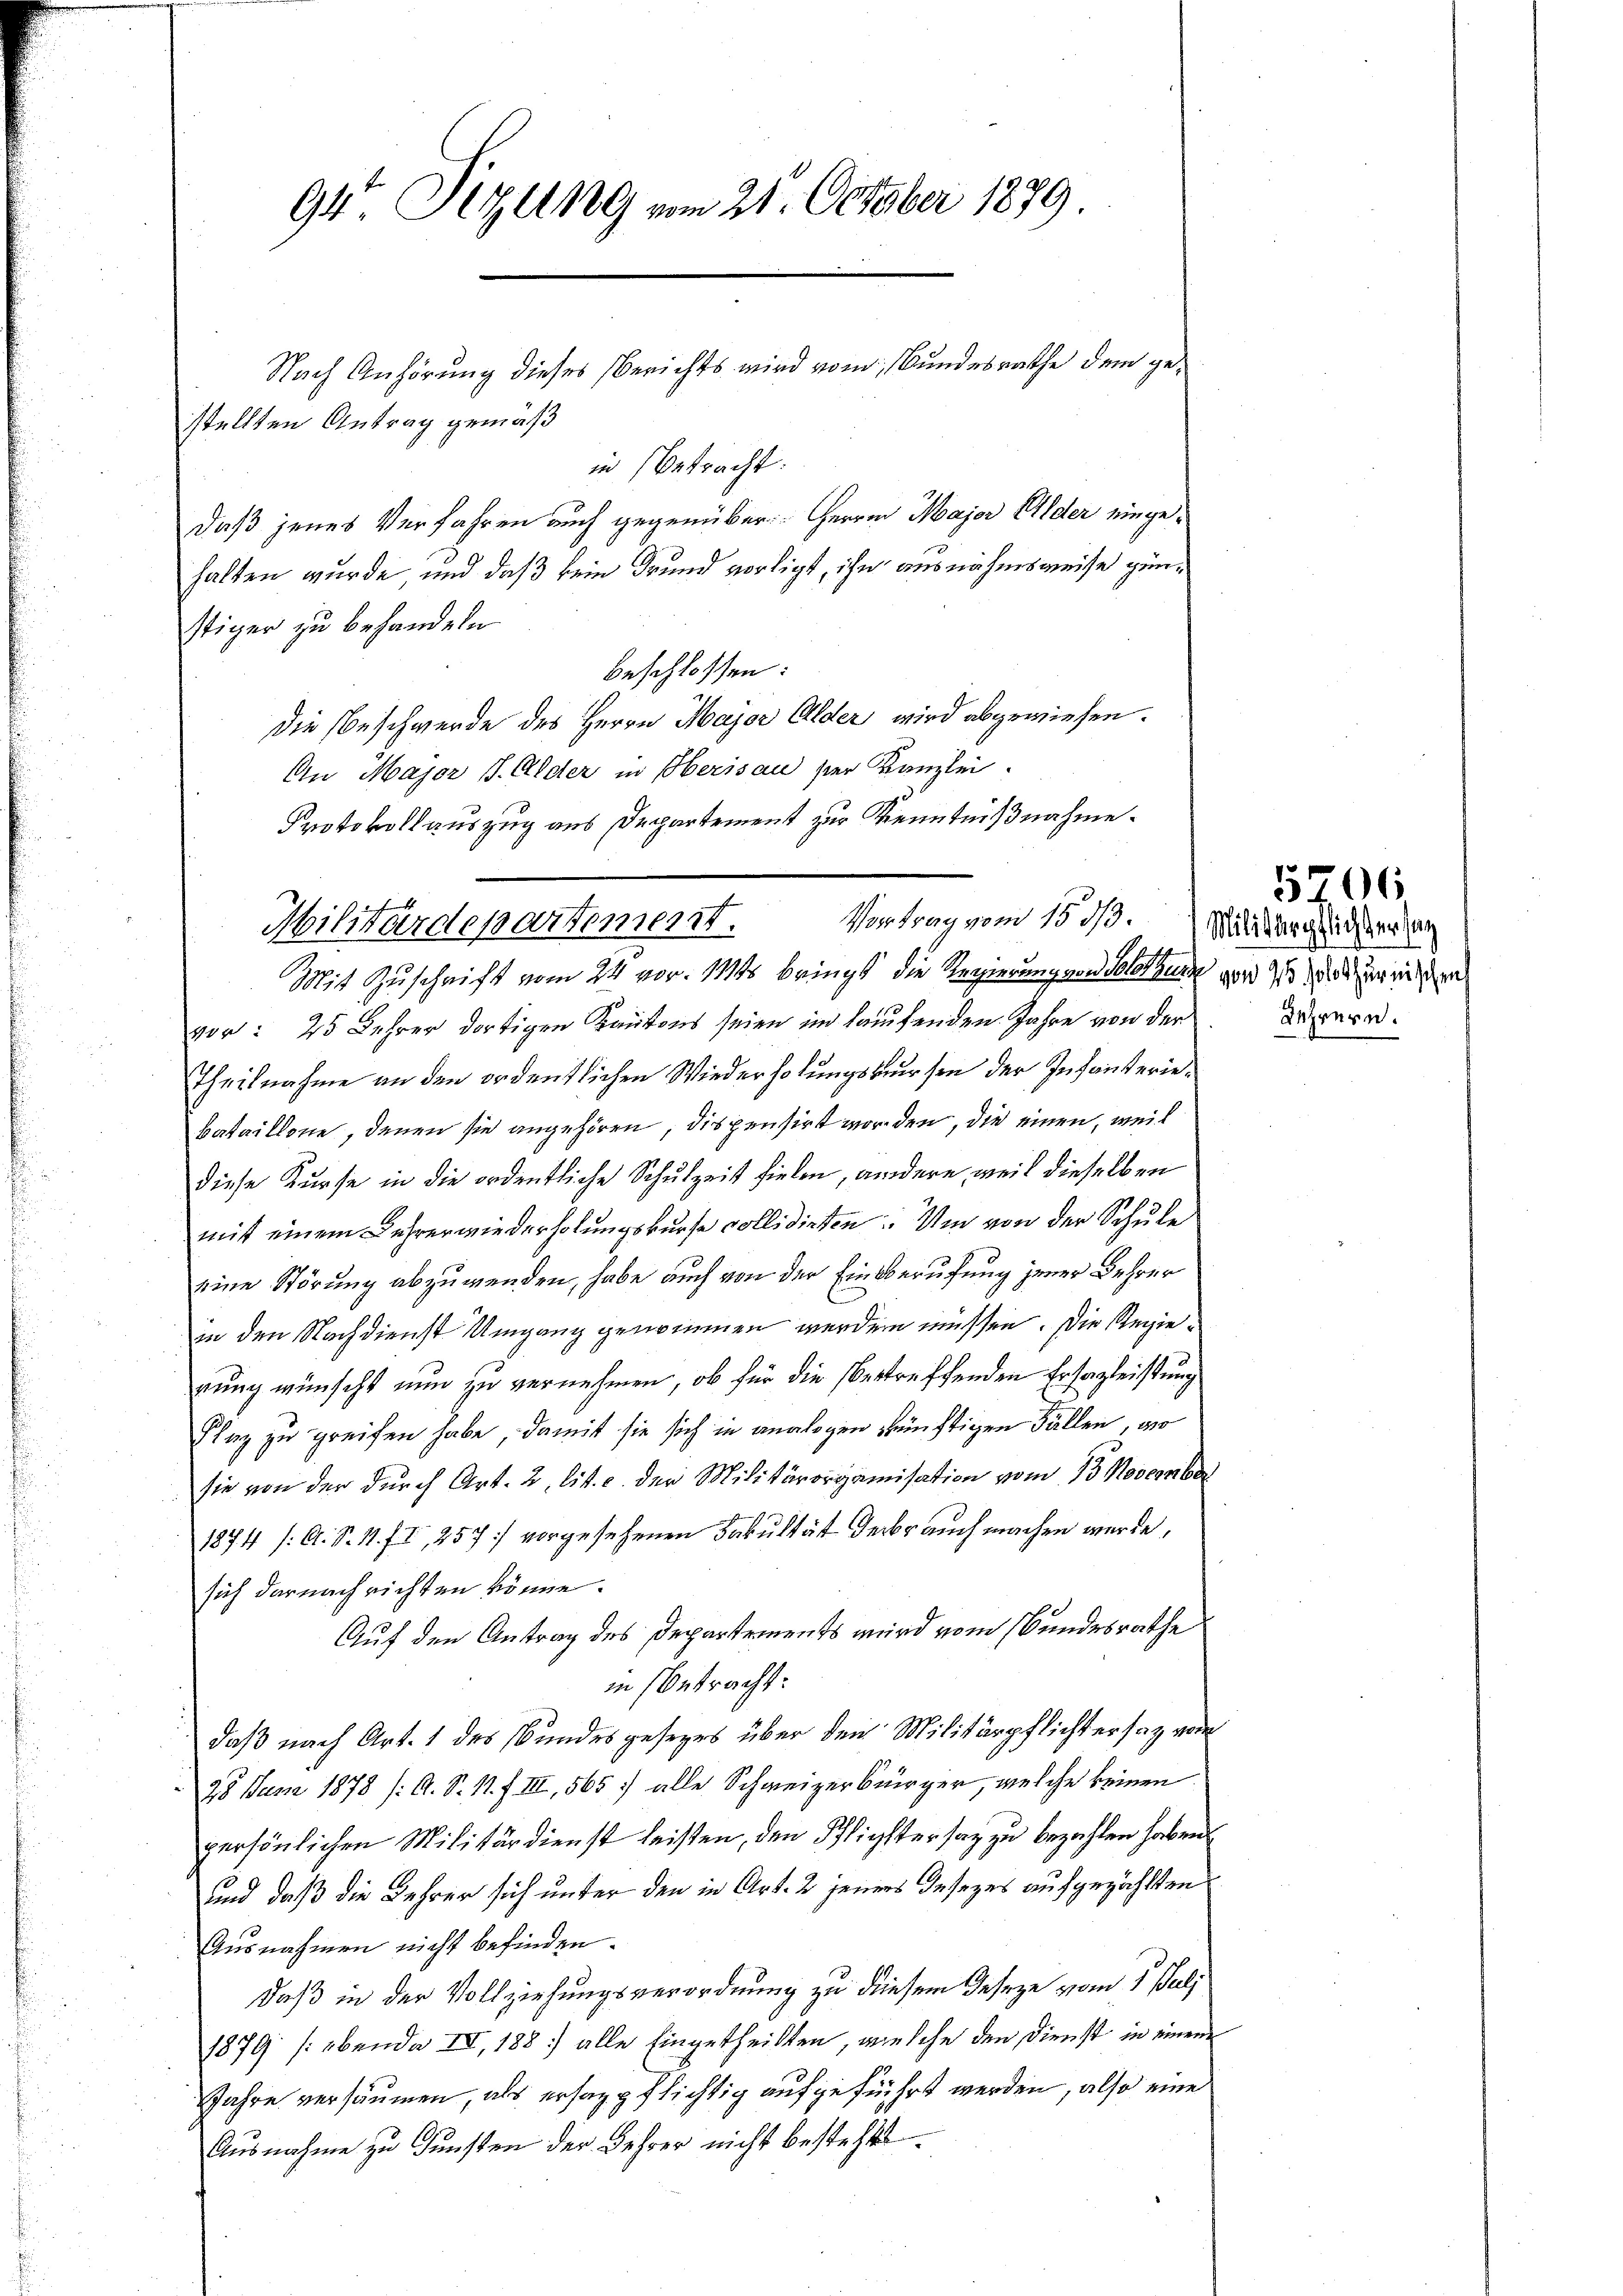
Nach Anhörung dieses Berichts wird vom Bundesrathe dem gestellten Antrag gemäß
in Betracht:
daß jenes Verfahren auch gegenüber Herren Major Alder eingehalten wurde, und daß kein Grund vorligt, ihn ausnahmsweise günstiger zu behandeln
beschlossen:
Die Beschwerde des Herrn Major Alder wird abgewiesen.
An Major J. Alder in Oberisau der Kanzlei.
Protokollauszug aus Departement zur Kenntnißnahme.
Mit Zuschrift vom 24. vor. Mts bringt, die Regierung von Solothurn ward 7 die zur eine
vor: 25 Lehrer dortigen Kantons seien im laufenden Jahre von der
Theilnahme an den ordentlichen Wiederholungskursen der Infanteriebataillone, denen sie angehören, dispensirt worden, die einen, weil
diese Kurse in die ordentliche Schulzeit fielen, andere weil dieselben
mit einem Lehrerwiederholungskurse collidirten. Um von der Schule
eine Störung abzuwenden, habe auch von der Einsberufung jener Behrer
in den Nachdienst Umgang genommen werden müssen. Die Regierung wünscht nun zu vernehmen, ob für die Vertreffenden Ersagleistung
Plaz zu greifen habe, damit sie sich in analogen künftigen Fällen, wo
sie von der durch Art. 2, lit. c. der Militärorganisation vom 13. November
1874 /: A. S. 11. f. II, 257 vorgesehenen Fakultät derbrauch machen wurde,
sich darnach richten könne.
Auf den Antrag des Departements wird vom Bundesrathe
in Betracht:
daß nach Art. 1 des Bundesgesezes über den Militärpflichtersaz vor
25 Juni 1878 (: A. S. 11. f. III, 565. alle Schweizerbürger, welche keinen
persönlichen Militärdienst leisten, den Pflichter sag zu bezahlen haben.
und daß die Lehrer sich unter den in Art. 2 jeners Insezes aufgezählten
Ausnahmen nicht befinden.
daß in der Vollziehungsverordnung zu diesem Geseze vom 1. Juli
1879 (ebende IV, 188. alle Eingetheilten, welche den Dienst in einem
Jahre versäumen, als ersagpflichtig aufgeführt werden, also eine
Ausnahme zu Gunsten der Lehrer nicht besteht.

94. Sitzung vom 21. October 1889.

Vortrag vom 15. 13. Militärglichter sag
Militärdepartement.

5206
Lehrern.